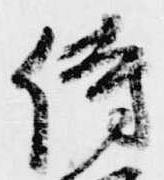
侍